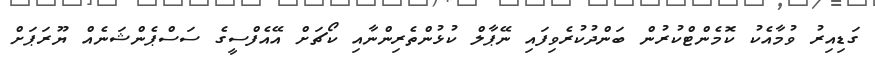
ގަޑިއިރު ވުމާއެކު ކޮމެންޓްކުރުން ބަންދުކުރެވިފައި ނޭޕާލް ކުޅުންތެރިންނާއި ކޯޗަށް އޭއެފްސީގެ ސަސްޕެންޝަނެއް ޔޫރަޕަށް